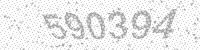
Solution: 590394